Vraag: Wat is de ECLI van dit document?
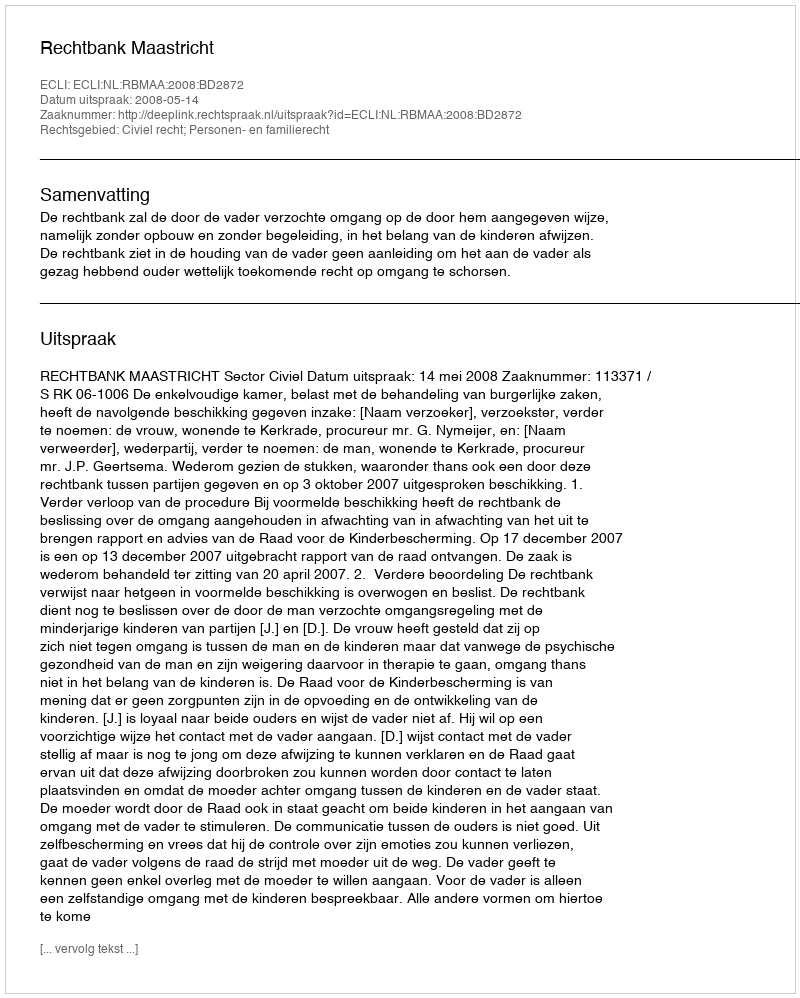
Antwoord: ECLI:NL:RBMAA:2008:BD2872